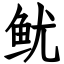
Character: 鱿